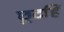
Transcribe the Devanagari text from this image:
छूटहिं